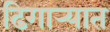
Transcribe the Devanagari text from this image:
ढिगार्‍यात